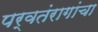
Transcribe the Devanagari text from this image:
पर्वतंरागांचा